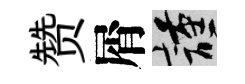
赞屑謹